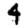
Digit: 4